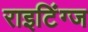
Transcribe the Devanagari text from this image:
राइटिंग्ज